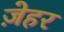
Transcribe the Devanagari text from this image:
ज़ेहर